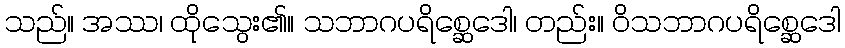
သည်။ အဿ၊ ထိုသွေး၏။ သဘာဂပရိစ္ဆေဒေါ၊ တည်း။ ဝိသဘာဂပရိစ္ဆေဒေါ